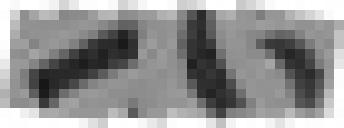
376